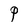
Character: P